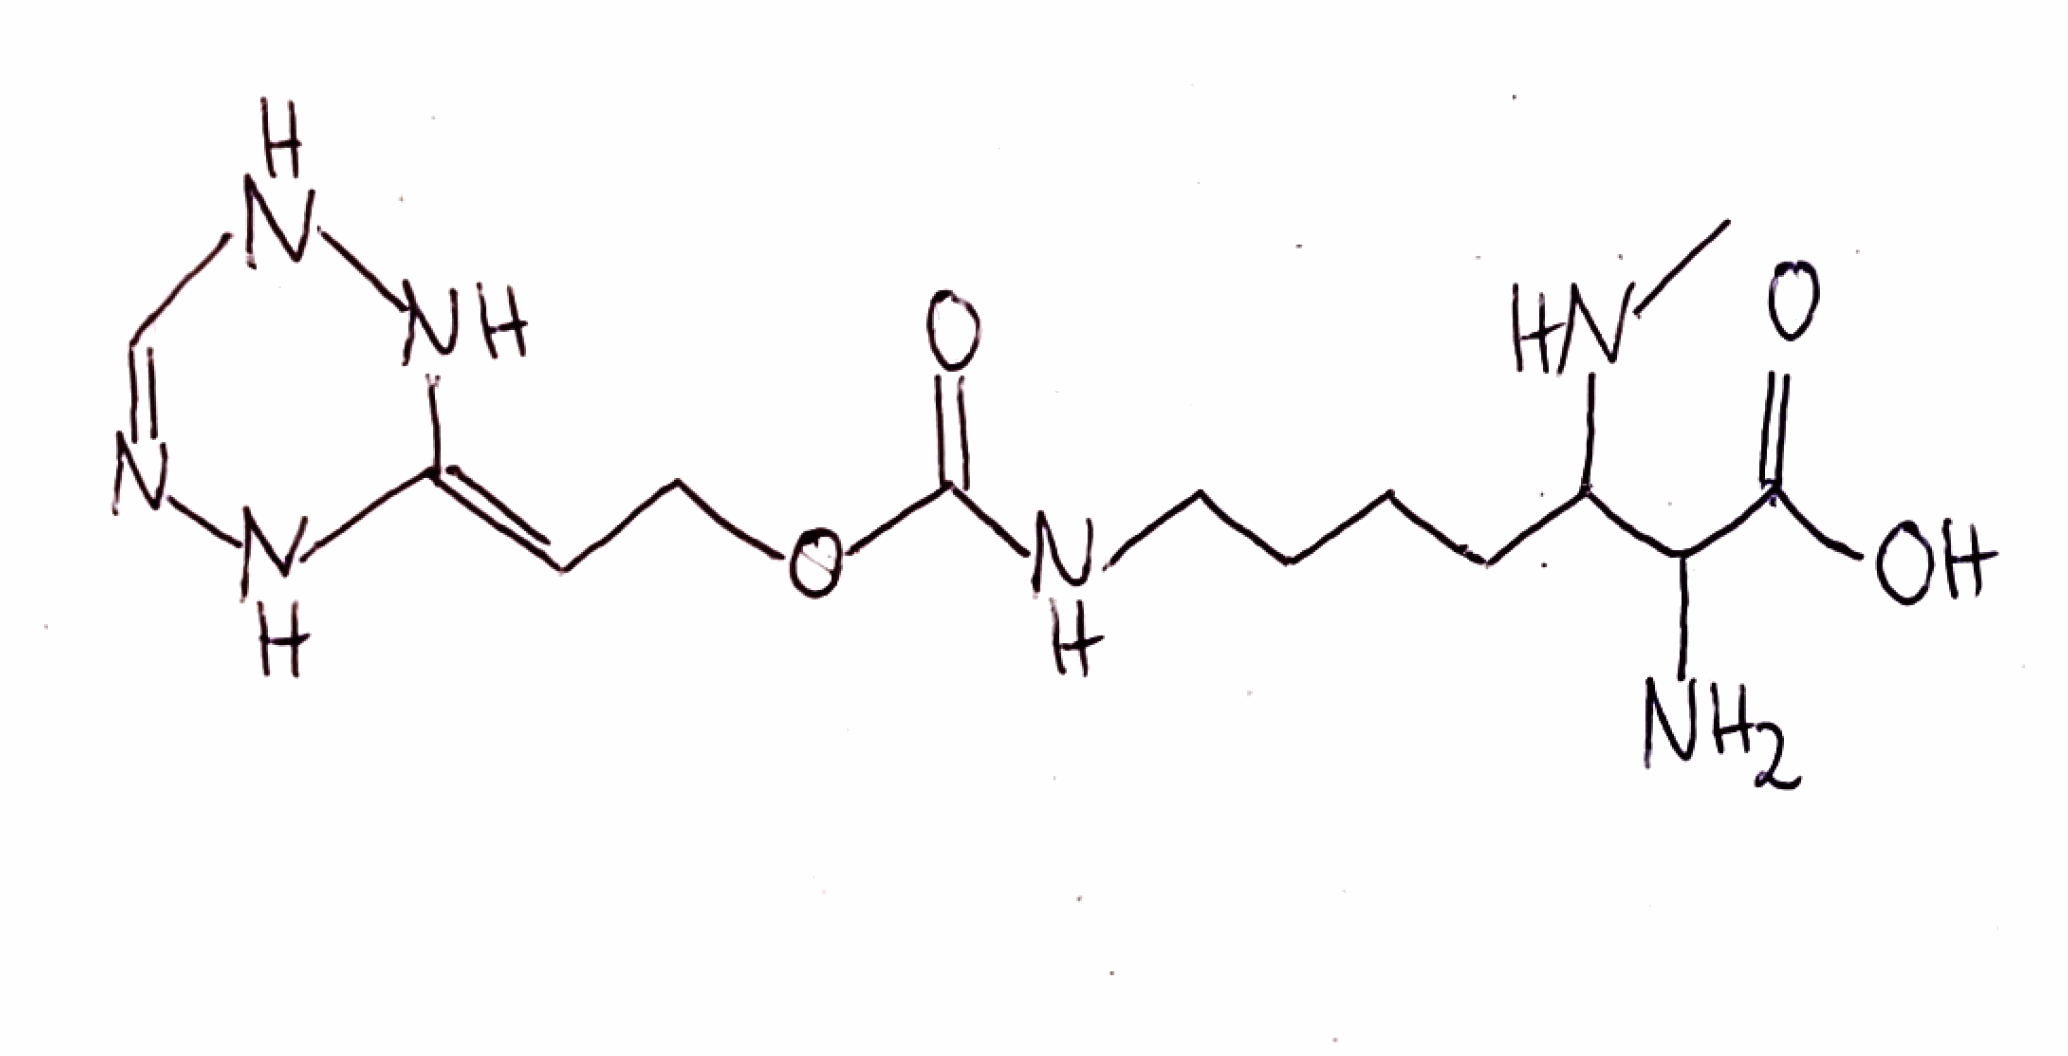
Simplified molecular-input line-entry system (SMILES) notation of the given molecule:
CNC(CCCCNC(=O)OC/C=C/1\NNC=NN1)C(C(=O)O)N